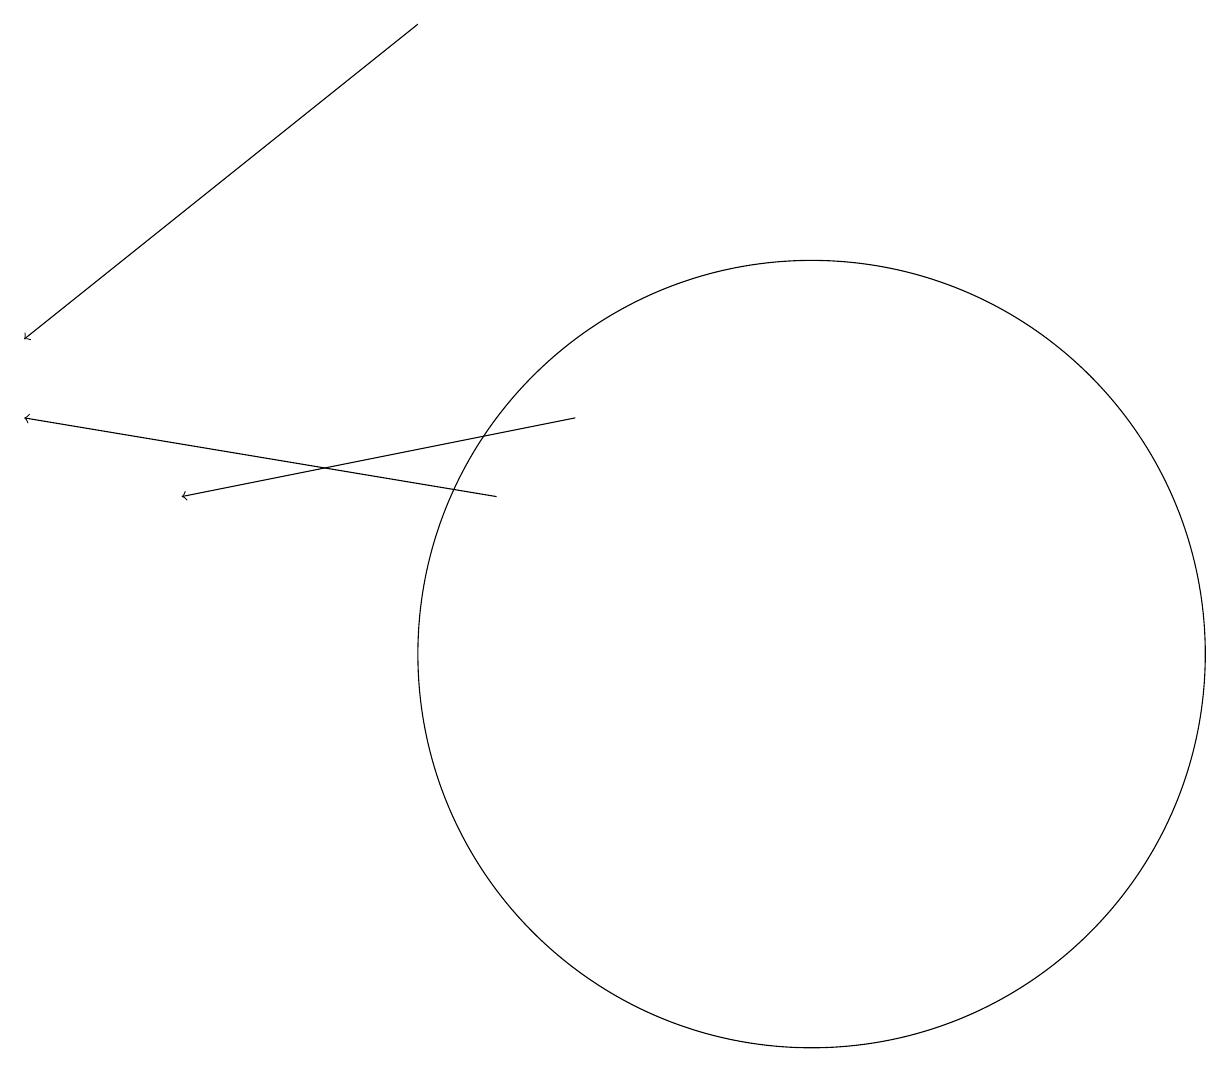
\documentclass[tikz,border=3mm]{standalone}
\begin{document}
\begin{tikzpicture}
\draw (10,11) circle (5);
\draw[->] (5,19) -- (0,15);
\draw[->] (6,13) -- (0,14);
\draw[->] (7,14) -- (2,13);
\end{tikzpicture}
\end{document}